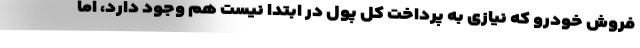
فروش خودرو که نیازی به پرداخت کل پول در ابتدا نیست هم وجود دارد، اما